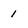
Character: 1